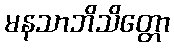
မနသာဘိသိတ္တော